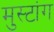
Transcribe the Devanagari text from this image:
मुस्टांग